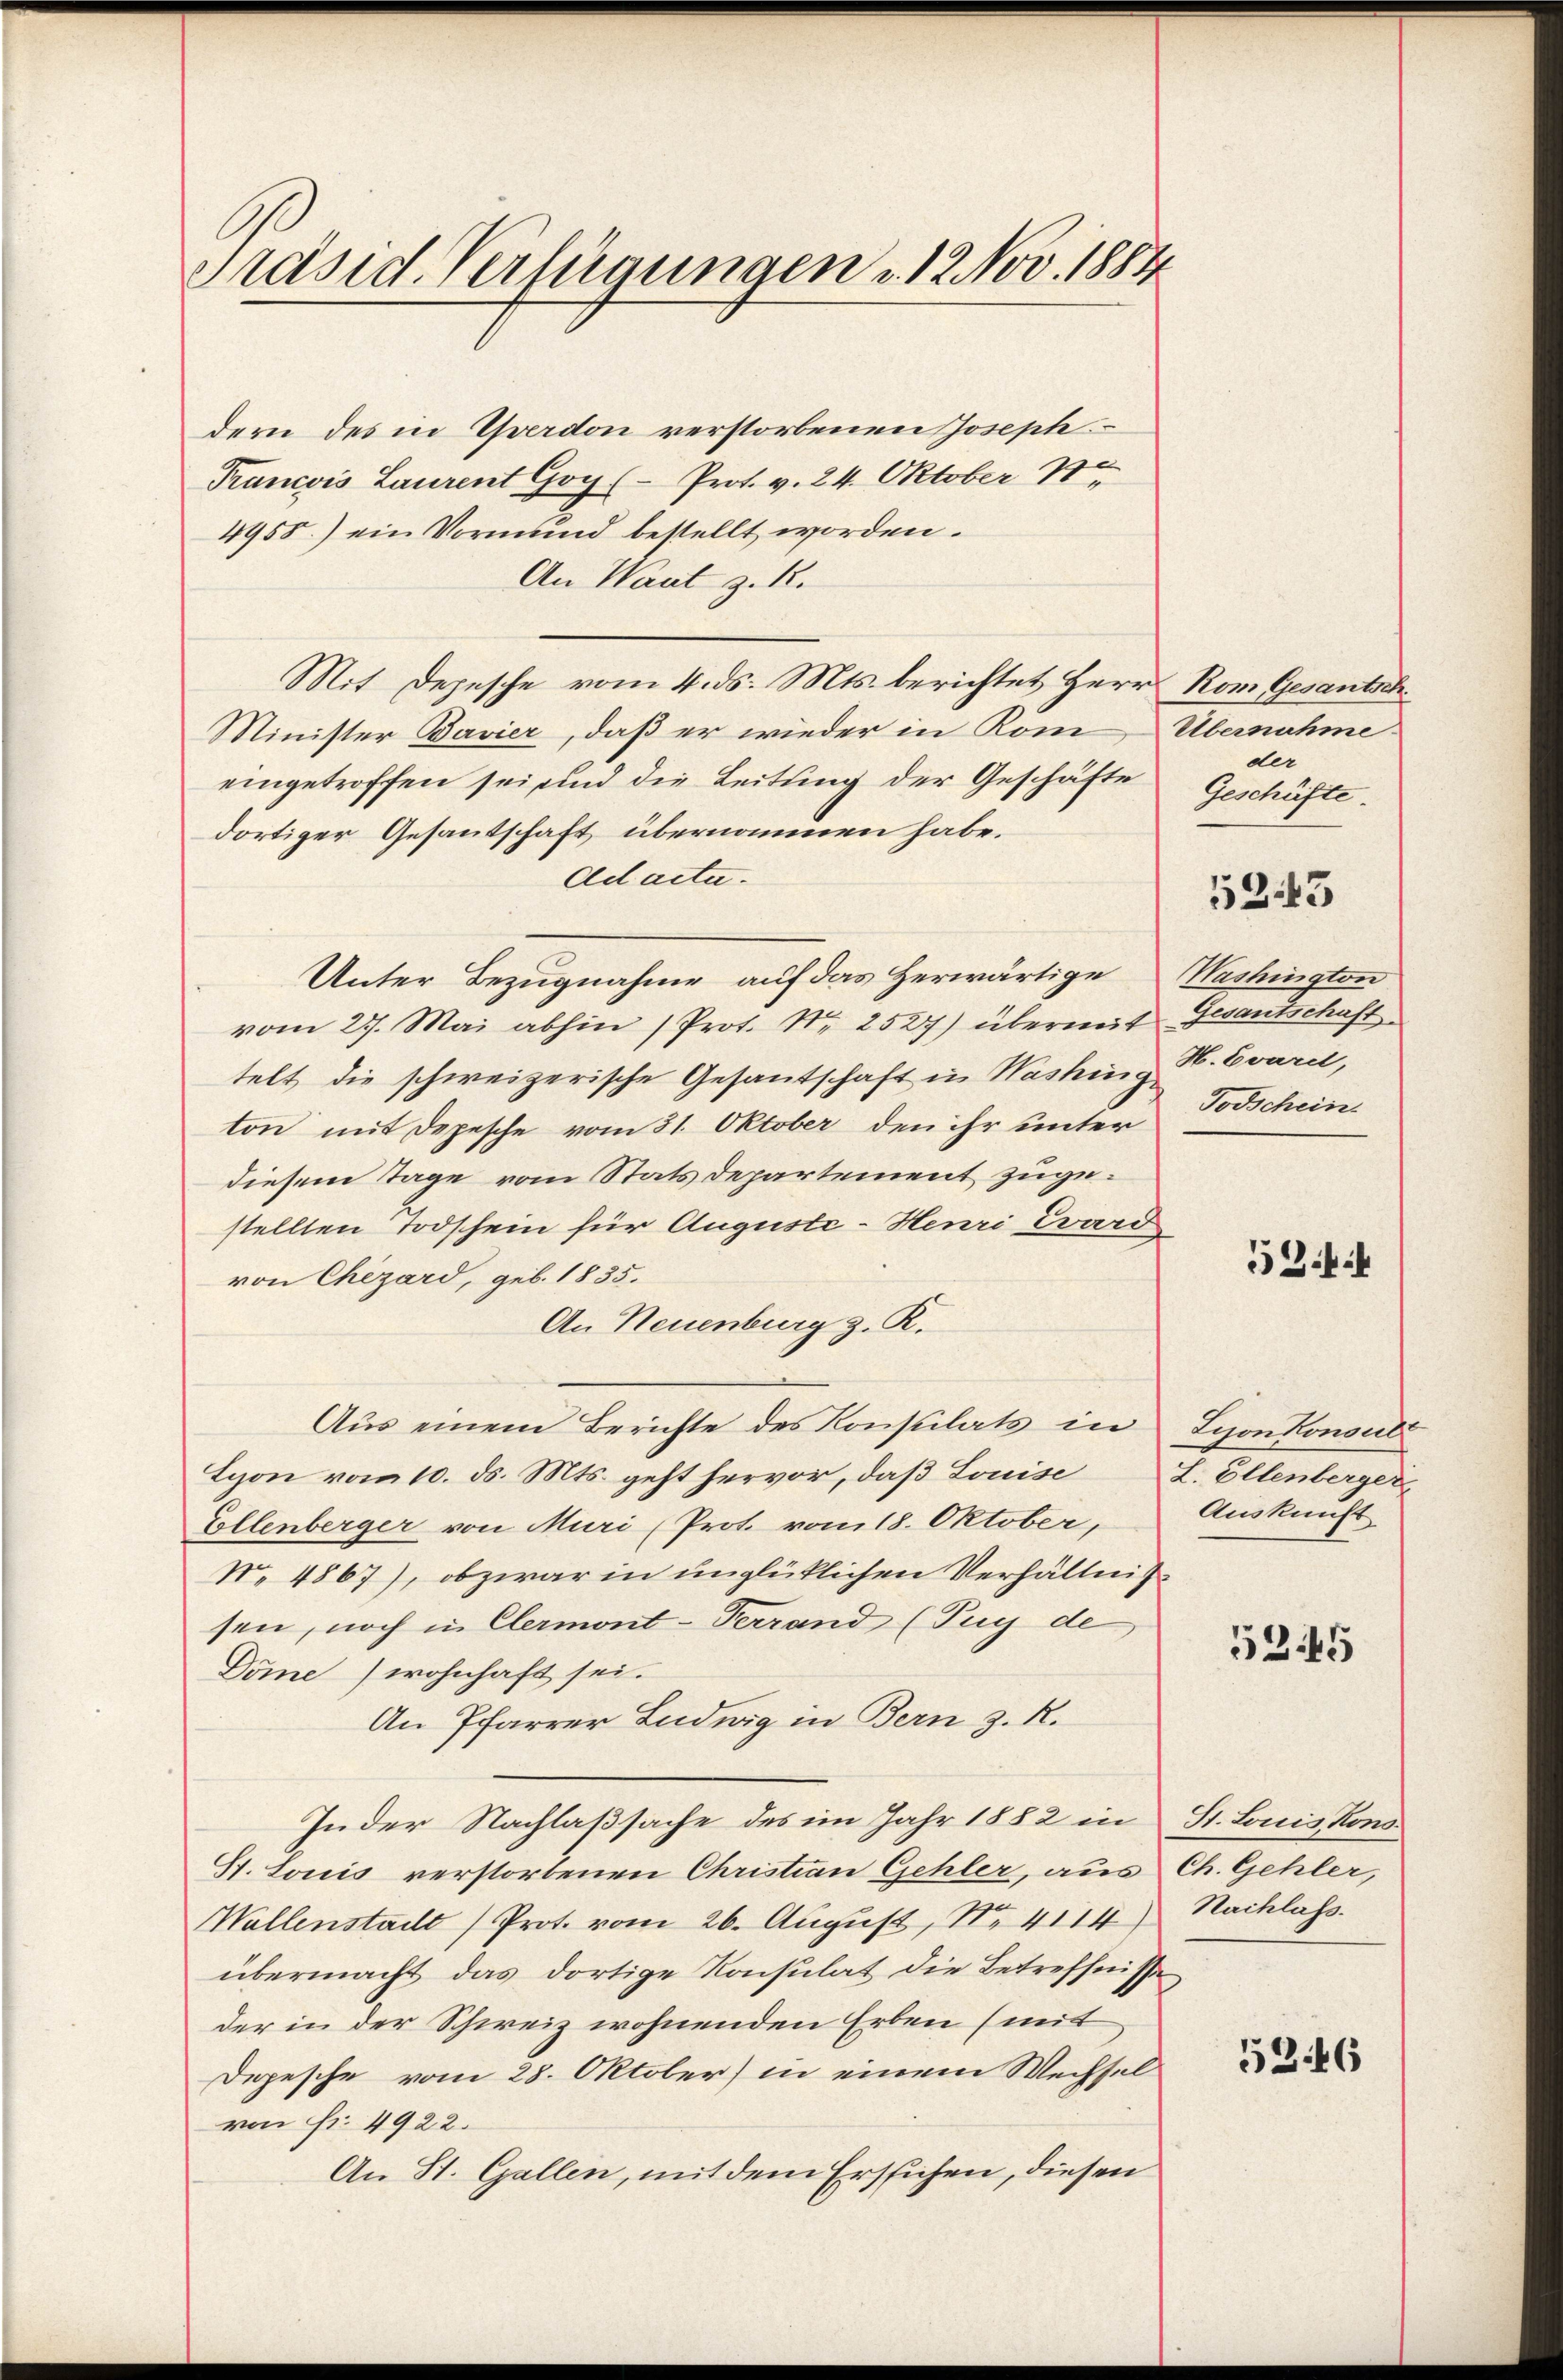
Präsid. Verfügungen u. 12 Nov. 1884

dern des in Yverdon verstorbenen Joseph
Francois Laurent Goy (- Prot. v. 24. Oktober 18
4955.) ein Vormund bestellt worden.
An Wart z. R.
Mit Depesche vom 4. ds. Mts. berichtet Herr Rom Gesantsch
Minister Bavier, daß er wieder in Rom Übernahme
eingetroffen sei und die Leitung der Geschäfte
dortiger Gesantschaft übernommen habe.
Ad acta.
Unter Bezugnahme auf das Herwärtige
vom 27. Mai abhin (Prot. Nr. 2527) übermit Gesantschaft
telt die schweizerische Gesantschaft in Washinge
ton mit Depesche vom 31. Oktober den ihr unter Todschein
diesem Tage vom Stats departement zugestellten Todschein für Auguste-Henri Ward
von Chezard, geb. 1835.
An Neuenburg z. R.
Aŭs einem Berichte des Konsulats in Lyon konsul
Lyon vom 10. ds. Mts. geht hervor, daß Louise
Ellenberger von Muri (Prot. vom 18. Oktober,
No. 4867), obzwar in unglücklichen Verhältnis
sen, noch in Clermont-Terrand (Tug de
Döme) wohnhaft sei.
An Pfarrer Ludwig in Bern z. R.
In der Nachlaßsache des im Jahr 1882 in St. Louis Kons
S. Louis verstorbenen Christian Gehler, aus Ch. Gehler,
Wallenstadt) Prot. vom 26. August, No. 4114) Nachlass.
übermacht, das dortige Konsulat die Betreffnisse
der in der Schweiz wohnenden Erben (mit
Depesche vom 28. Oktober) in einem Wechsel
von Fr. 4922.
An St. Gallen, mit dem Erstichen, diesen

der
Geschäfte.

5243

Washington
H. Evarel,

53.

L. Ellenberger
Auskunft

5345

5246